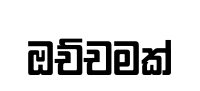
ඔච්චමක්